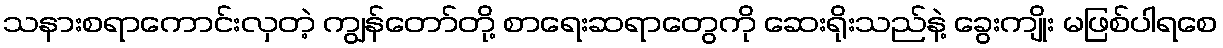
သနားစရာကောင်းလှတဲ့ ကျွန်တော်တို့ စာရေးဆရာတွေကို ဆေးရိုးသည်နဲ့ ခွေးကျိုး မဖြစ်ပါရစေ